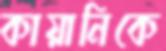
কায়ানিকে